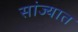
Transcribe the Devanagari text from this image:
सांज्यात